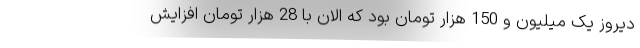
دیروز یک میلیون و 150 هزار تومان بود که الان با 28 هزار تومان افزایش